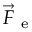
\Vec { F } _ { \mathrm { ~ e ~ } }